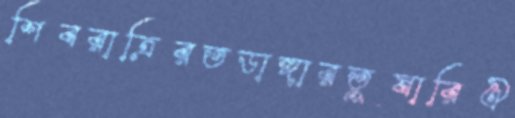
শিবরাত্রিরতডাঙ্গারতুষারিঐ